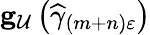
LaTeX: \mathbf{g}_{\mathcal{U}}\left(\widehat{\gamma}_{\left(m+n\right)\varepsilon}\right)